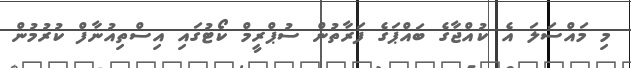
މި މައްސަލަ އެ ކުއްޖާގެ ބައްޕަގެ ފަރާތުން ސުޕްރީމް ކޯޓުގައި އިސްތިއުނާފް ކުރުމުން